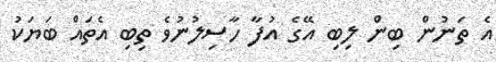
އެ ތަނުން ބިން ލިބި އޭގެ އުފާ ހާސިލުނުވެ ތިބި އެތައް ބަޔަކު